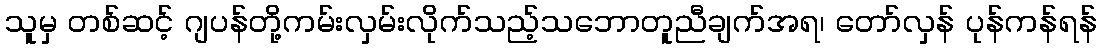
သူမှ တစ်ဆင့် ဂျပန်တို့ကမ်းလှမ်းလိုက်သည့်သဘောတူညီချက်အရ၊ တော်လှန် ပုန်ကန်ရန်